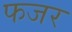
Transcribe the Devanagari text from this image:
फजर